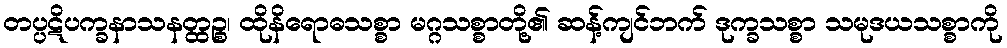
တပ္ပဋိပက္ခနာသနတ္ထဉ္စ၊ ထိုနိရောဓသစ္စာ မဂ္ဂသစ္စာတို့၏ ဆန့်ကျင်ဘက် ဒုက္ခသစ္စာ သမုဒယသစ္စာကို